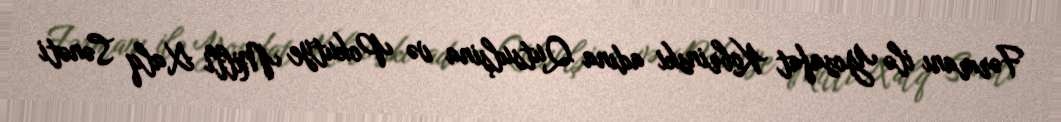
Fərmanı ilə Yosafat Kobrinski adına Qutsulşina və Pokutye Milli Xalq Sənəti